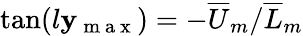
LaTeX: \tan(l\mathbf{y}_{\mathrm{{~m~a~x~}}})=-{\overline{{{U}}}_{m}}/{\overline{{{L}}}_{m}}